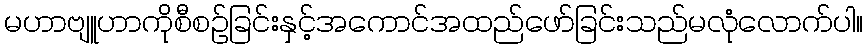
မဟာဗျူဟာကိုစီစဉ်ခြင်းနှင့်အကောင်အထည်ဖော်ခြင်းသည်မလုံလောက်ပါ။